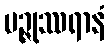
မဉ္ဇုဿရာနံ